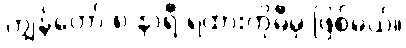
ကျွန်တော် ၈ နာရီ ရထားကိုမီမှ ဖြစ်မယ်။